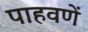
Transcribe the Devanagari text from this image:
पाहवणें